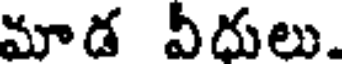
మాడ వీదులు.